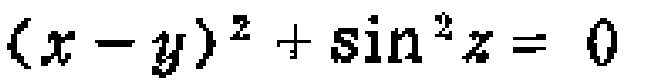
\((x - y)^{2}+\sin^{2}z = 0\)